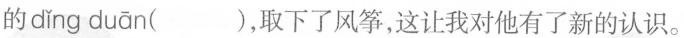
的 dǐng duān ()，取下了风筝，这让我对他有了新的认识。